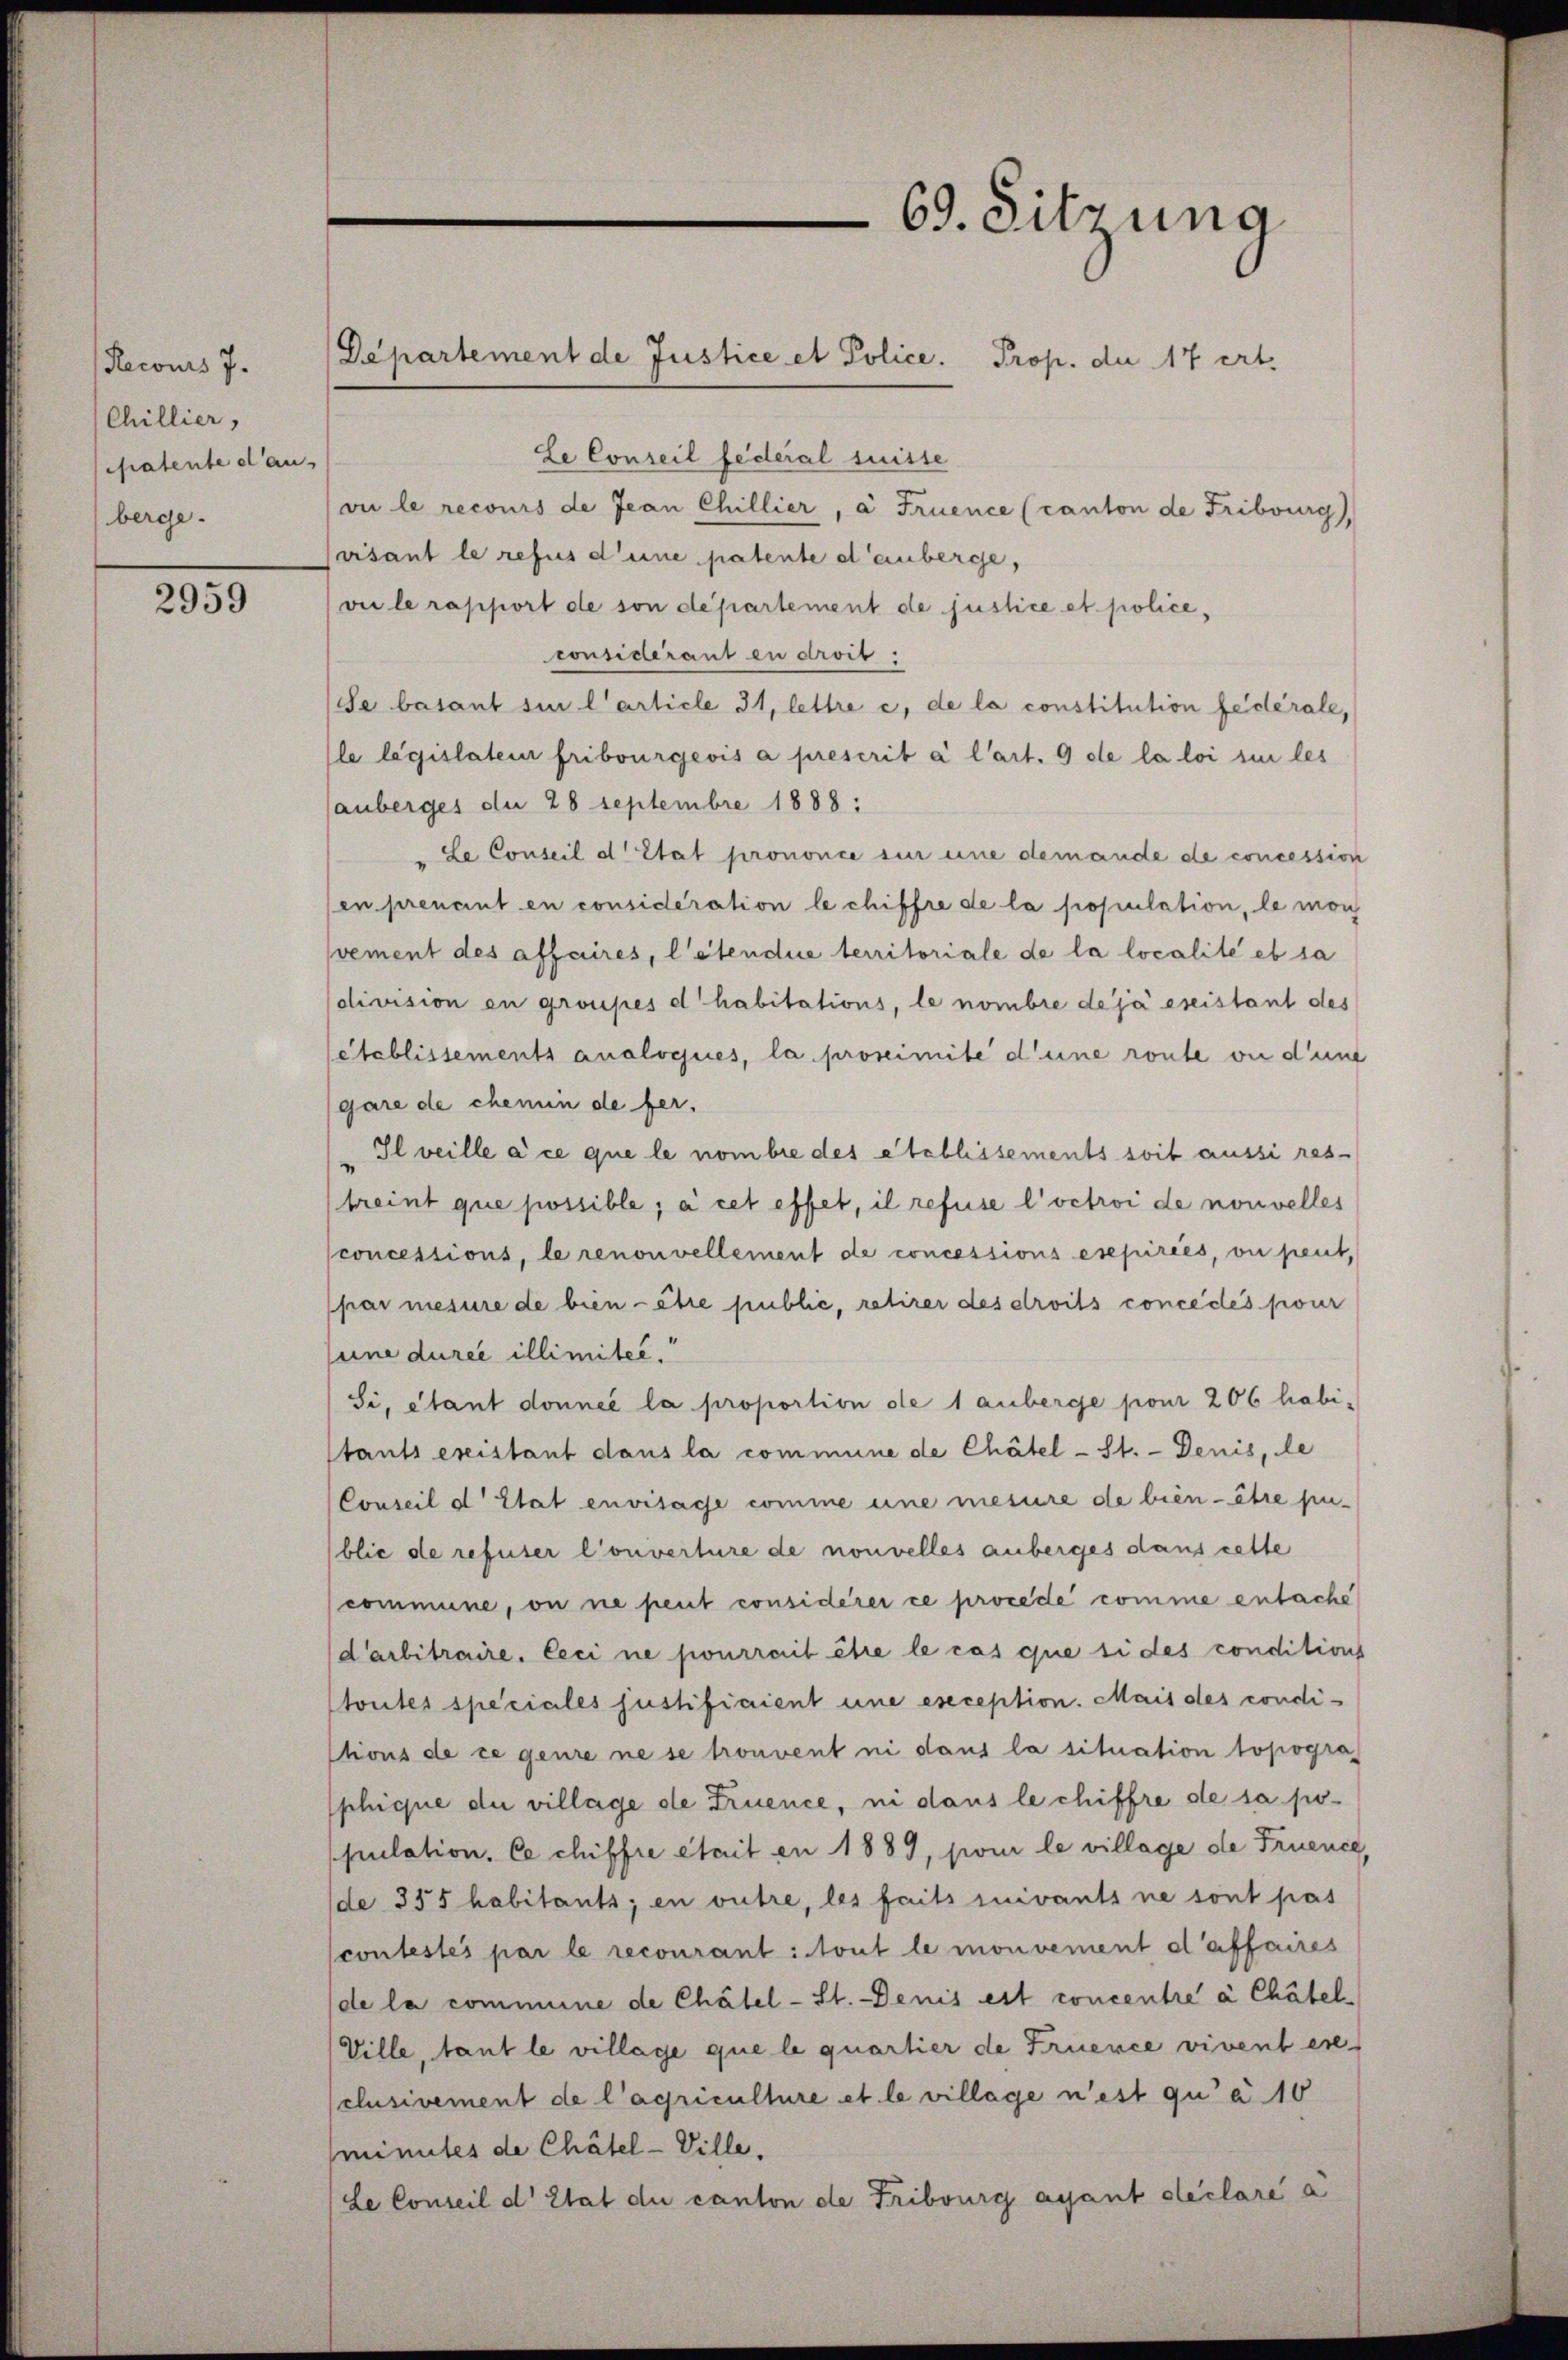
Recours 7.
Chillier,
satente dan
berge.

2959

Le Conseil federal suisse
ou le recours de Jean Chillier, à Fruence (canton de Fribourg,
aisant le refus deine patente denberge,
vii le rapport de son departement de justice et policeconsiderant zu droit.
Se basant si l’article 31, lettre c, de la constitution fédérale,
(le législateur Fribourgeois a prescrit à l’art. 9 de la loi si les
anberges du 28 Septembre 1888 :
Le Conseil d’Etat prononce sin eine demande de concession
en prenant en considération le chiffre de la population, le mon
vement des affaires, l’étendue territoriale de la localité et sa
division en grosses d habitations, le nombre de ja eseistant des
établissements analvejues, la proseimite d’une route ou d’une
gare de chemin de fer¬
Ilveille à ce que le nombre des établissements soit aussi res-
treint que possible; à cet effet, il refuse l’octroi de nouvelles
concessions, le renouvellement de concessions esepirées, ou peut,
(par mesure de bien - être public, retirer des droits concédés pour
une durée illimitee.
Si, étant donnée la proportion die 1 anberge pour 206 habi-
stants existant dans la commune de Chätel-St. - Denis, de
Conseil d’Etat envisage comme eine mesure de bien - être pu-
blic de refuser Converture de nouvelles anberges dans cette
commune, on ne peut considérer ce procede comme entache
darbitraire. Ceci ne pourrait étre le cas que si des conditions
toutes speciales justifiaient une eseception. Mais des condi-
ctions de ce genre ne se trouvent ni dans la situation topogra
phique die village de Truence, ni dans le chiffre de sa population. Ce chiffre était en 1889, pour le village de Fruence,
de 355 habitants; en outre, les faits suivants ne sont pas
contestés par le recourant: tout le monvement d’affaires
de la commune de Chätel-St. Denis est concentre à Chätel
Ville, tant le village que le quartier de Fruence vivent er-
clusivement de l’agriculture et le village n’est qu’ à 10
minutes de Chätel-Ville.
Le Conseil d’Etat du canton de Fribourg ayant déclare a

Departement de Justice et Police. Prop. die 17 ert.

69. Sitzung